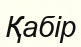
Қабір